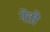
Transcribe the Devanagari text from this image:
नेत्रो